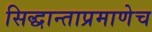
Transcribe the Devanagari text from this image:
सिद्धान्ताप्रमाणेच